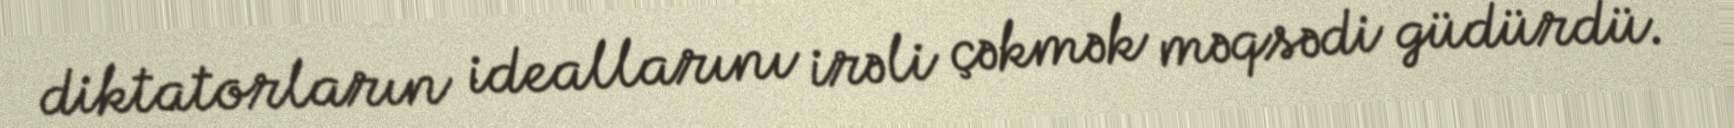
diktatorların ideallarını irəli çəkmək məqsədi güdürdü.